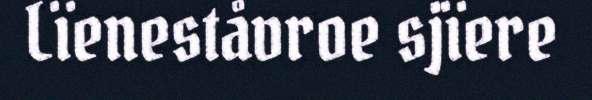
Lïeneståvroe sjïere